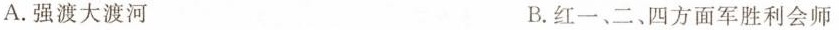
A.强渡大渡河 B.红一、二、四方面军胜利会师